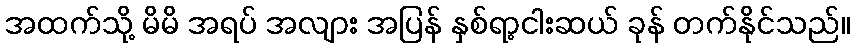
အထက်သို့ မိမိ အရပ် အလျား အပြန် နှစ်ရာ့ငါးဆယ် ခုန် တက်နိုင်သည်။